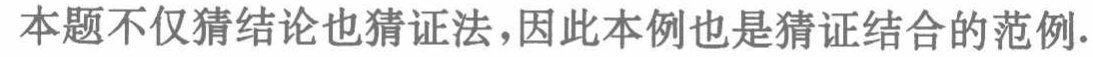
本题不仅猜结论也猜证法,因此本例也是猜证结合的范例.